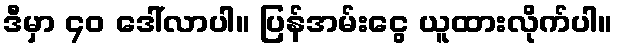
ဒီမှာ ၄၀ ဒေါ်လာပါ။ ပြန်အမ်းငွေ ယူထားလိုက်ပါ။